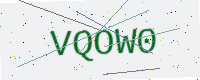
Text: VQOW0